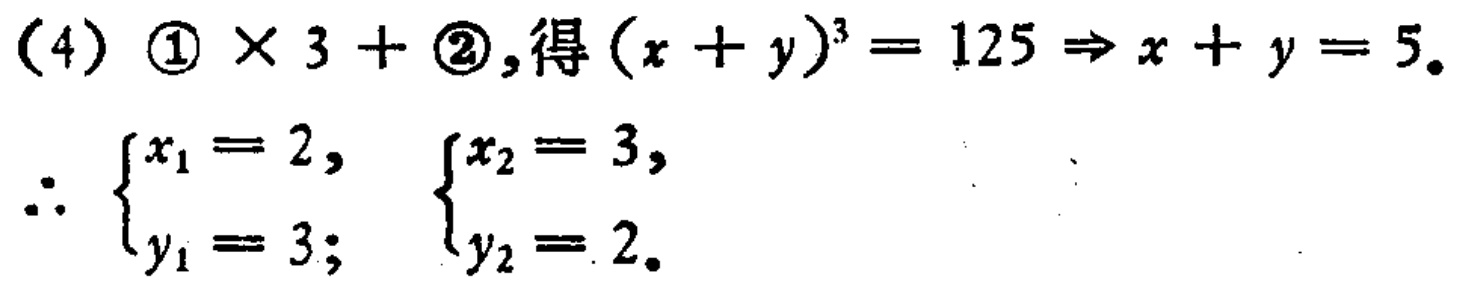
(4) \(\textcircled{1} \times 3+\textcircled{2}\), 得 \((x + y)^{3}=125\Rightarrow x + y = 5\).
\(\therefore\) \(\begin{cases}x_{1}=2,\\y_{1}=3;\end{cases}\) \(\begin{cases}x_{2}=3,\\y_{2}=2.\end{cases}\)